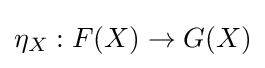
\eta _{X}:F(X)\to G(X)